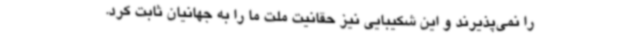
را نمی‌پذیرند و این شکیبایی نیز حقانیت ملت ما را به جهانیان ثابت کرد.